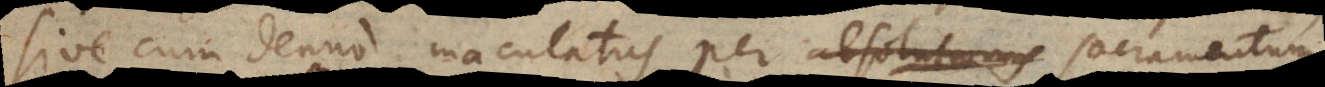
sive cum denuo maculatus per absolutionis sacramentum